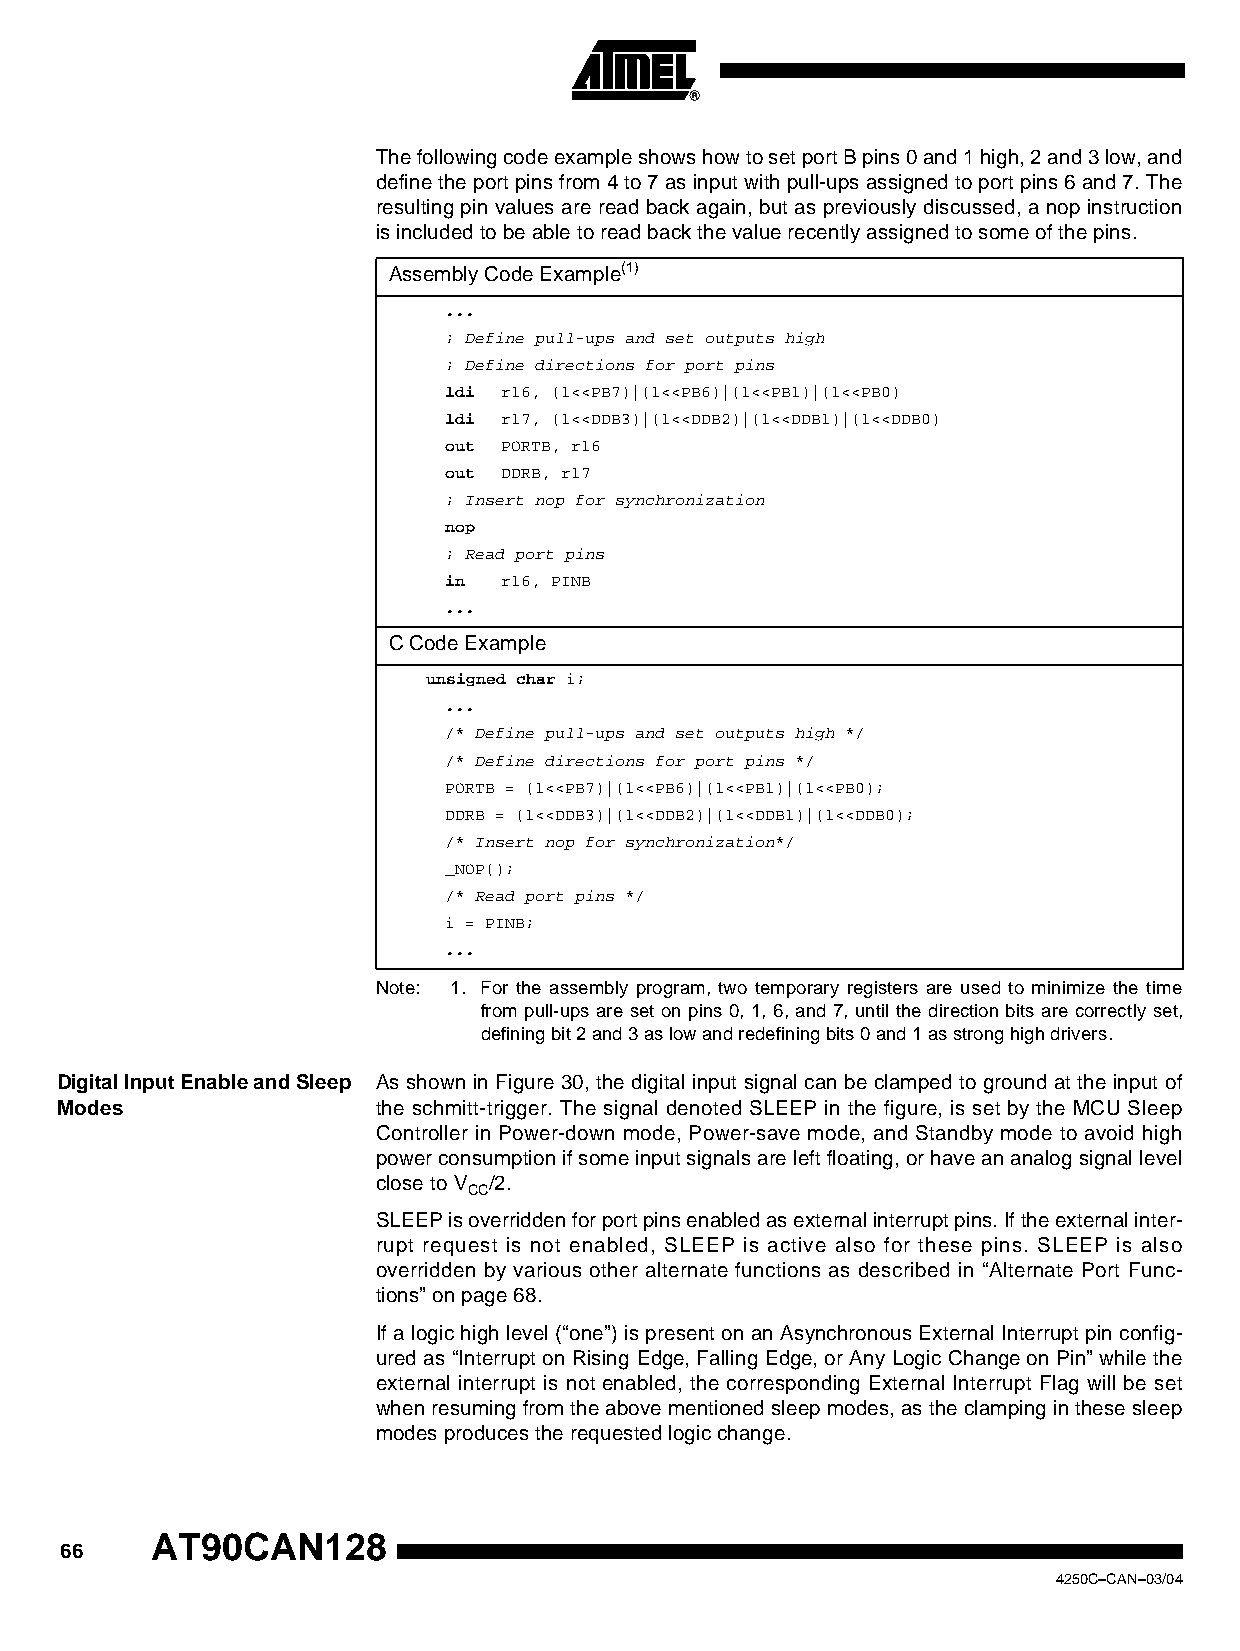
The following code example shows how to set port B pins 0 and 1 high, 2 and 3 low, and
 define the port pins from 4 to 7 as input with pull-ups assigned to port pins 6 and 7. The
 resulting pin values are read back again, but as previously discussed, a nop instruction
 is included to be able to read back the value recently assigned to some of the pins.
 Assembly Code Example(1)
 ...
 ; Define pull-ups and set outputs high
 ; Define directions for port pins
 ldi r16, (1<<PB7)|(1<<PB6)|(1<<PB1)|(1<<PB0)
 ldi r17, (1<<DDB3)|(1<<DDB2)|(1<<DDB1)|(1<<DDB0)
 out PORTB, r16
 out DDRB, r17
 ; Insert nop for synchronization
 nop
 ; Read port pins
 in  r16, PINB
 ...
 C Code Example
 unsigned char i;
 ...
 /* Define pull-ups and set outputs high */
 /* Define directions for port pins */
 PORTB = (1<<PB7)|(1<<PB6)|(1<<PB1)|(1<<PB0);
 DDRB = (1<<DDB3)|(1<<DDB2)|(1<<DDB1)|(1<<DDB0);
 /* Insert nop for synchronization*/
 _NOP();
 /* Read port pins */
 i = PINB;
 ...
 Note: 1. For the assembly program, two temporary registers are used to minimize the time
 from pull-ups are set on pins 0, 1, 6, and 7, until the direction bits are correctly set,
 defining bit 2 and 3 as low and redefining bits 0 and 1 as strong high drivers.
 Digital Input Enable and Sleep As shown in Figure 30, the digital input signal can be clamped to ground at the input of
 Modes                the schmitt-trigger. The signal denoted SLEEP in the figure, is set by the MCU Sleep
 Controller in Power-down mode, Power-save mode, and Standby mode to avoid high
 power consumption if some input signals are left floating, or have an analog signal level
 close to V /2.
 CC
 SLEEP is overridden for port pins enabled as external interrupt pins. If the external inter-
 rupt request is not enabled, SLEEP is active also for these pins. SLEEP is also
 overridden by various other alternate functions as described in “Alternate Port Func-
 tions” on page 68.
 If a logic high level (“one”) is present on an Asynchronous External Interrupt pin config-
 ured as “Interrupt on Rising Edge, Falling Edge, or Any Logic Change on Pin” while the
 external interrupt is not enabled, the corresponding External Interrupt Flag will be set
 when resuming from the above mentioned sleep modes, as the clamping in these sleep
 modes produces the requested logic change.
 AT90CAN128
 66
 4250C–CAN–03/04